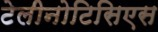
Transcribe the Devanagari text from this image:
टेलीनोटिसिएस